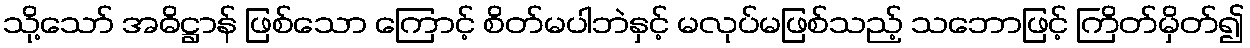
သို့သော် အဓိဋ္ဌာန် ဖြစ်သော ကြောင့် စိတ်မပါဘဲနှင့် မလုပ်မဖြစ်သည့် သဘောဖြင့် ကြိတ်မှိတ်၍